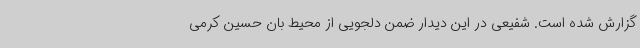
گزارش شده است. شفیعی در این دیدار ضمن دلجویی از محیط بان حسین کرمی